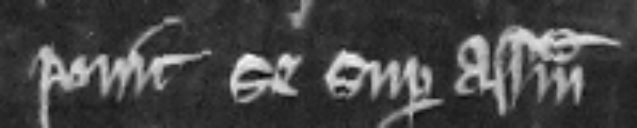
ponit se super assisam